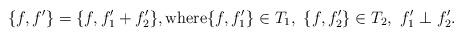
LaTeX: \begin{align*} \{f,f'\}=\{f, f_{1}'+f_{2}'\}, \mbox{where} \{f,f_{1}'\}\in T_{1}, \,\, \{f,f_{2}'\}\in T_{2}, \,\, f_{1}' \perp f_{2}'.\end{align*}